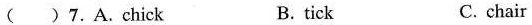
( )7.A.Chick B. tick C. chair